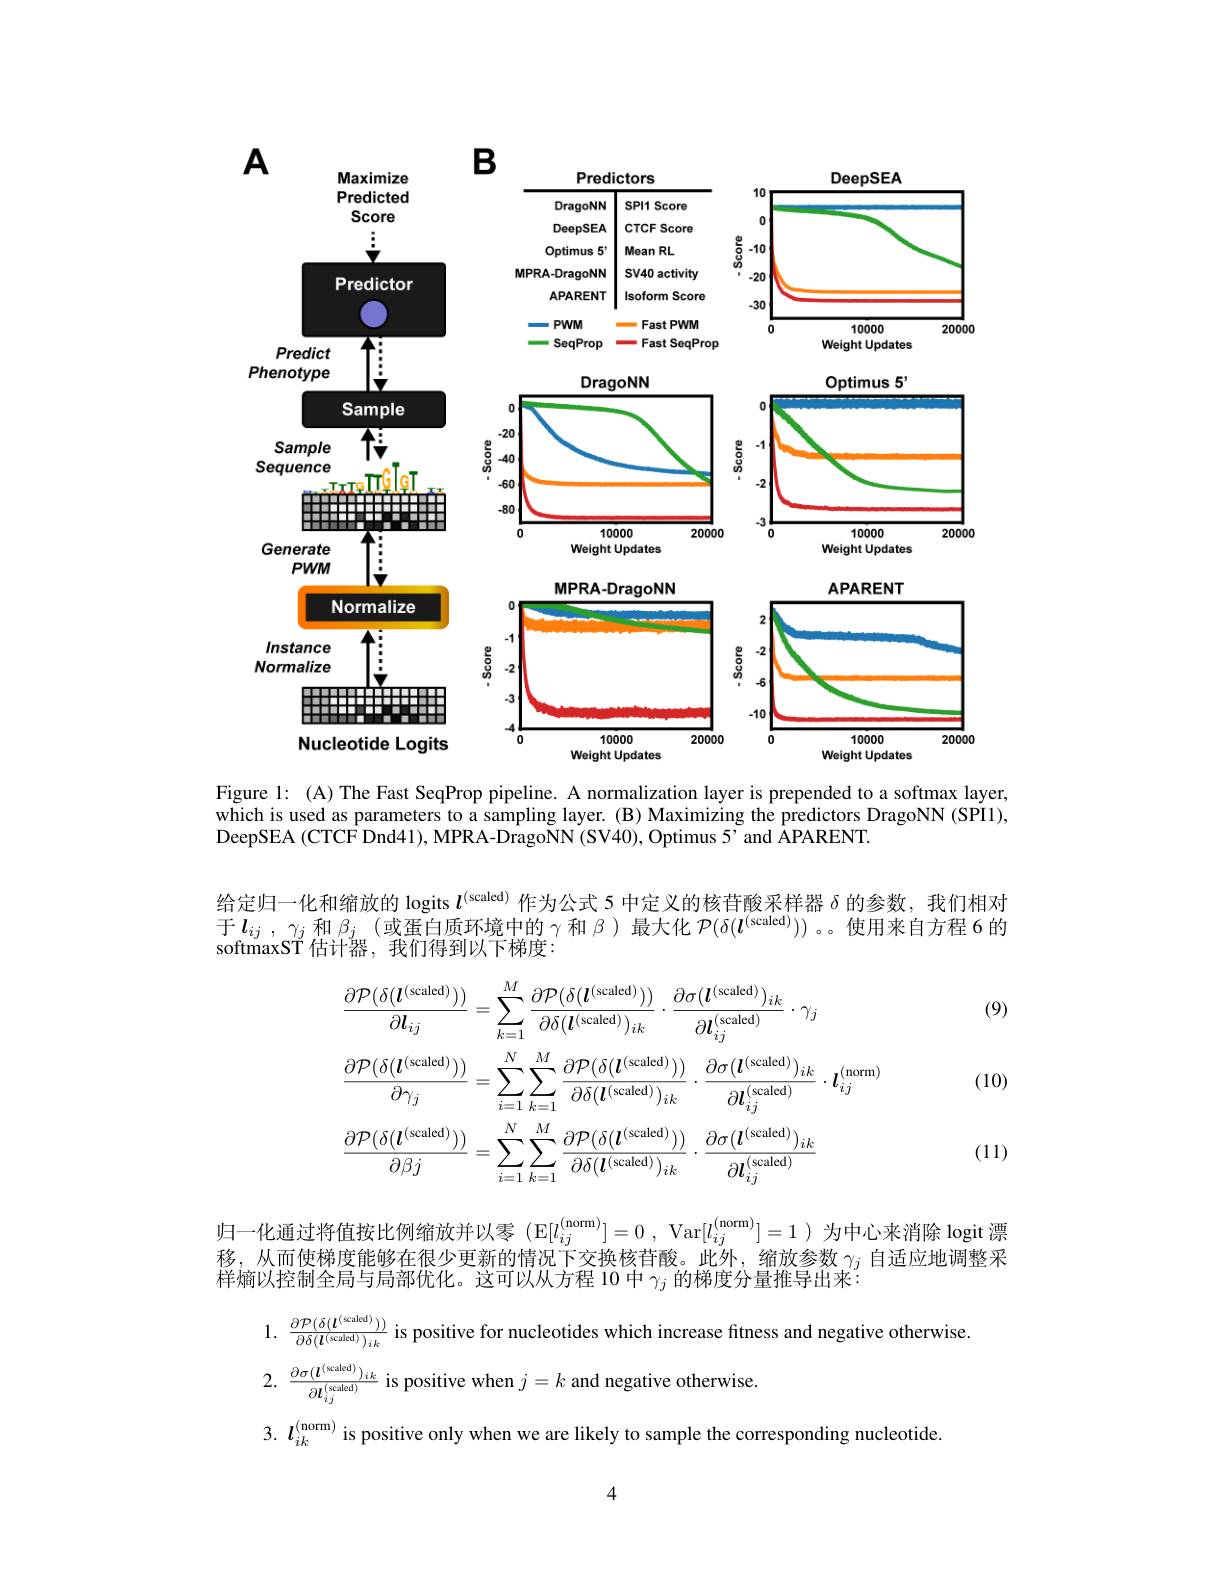
<FigureHere>

$A$
$B$

Figure 1: (A) The Fast SeqProp pipeline. A normalization layer is prepended to a softmax layer, which is used as parameters to a sampling layer. (B) Maximizing the predictors DragoNN (SPI1), DeepSEA (CTCF Dnd41), MPRA-DragoNN (SV40), Optimus 5'and ÂPARENT.

给定归一化和缩放的 logits $l^\mathrm{(scaled)}$作为公式 5 中定义的核苷酸采样器$\delta$的参数，我们相对于$l_ij$ ,$\gamma_j$和$\beta_j$ (或蛋白质环境中的$\gamma$和$\beta$ )最大化$\mathcal{P} ( \delta ( l^{( \text{scaled}) }) )$ 。。使用来自方程 6 的softmaxST 估计器，我们得到以下梯度：

(9)

(10)
$$\begin{aligned}&\frac{\partial\mathcal{P}(\delta(\boldsymbol{l}^{(\mathrm{scaled})}))}{\partial\boldsymbol{l}_{ij}}=\sum_{k=1}^{M}\frac{\partial\mathcal{P}(\delta(\boldsymbol{l}^{(\mathrm{scaled})}))}{\partial\delta(\boldsymbol{l}^{(\mathrm{scaled})})_{ik}}\cdot\frac{\partial\sigma(\boldsymbol{l}^{(\mathrm{scaled})})_{ik}}{\partial\boldsymbol{l}_{ij}^{(\mathrm{scaled})}}\cdot\gamma_{j}\\&\frac{\partial\mathcal{P}(\delta(\boldsymbol{l}^{(\mathrm{scaled})}))}{\partial\gamma_{j}}=\sum_{i=1}^{N}\sum_{k=1}^{M}\frac{\partial\mathcal{P}(\delta(\boldsymbol{l}^{(\mathrm{scaled})}))}{\partial\delta(\boldsymbol{l}^{(\mathrm{scaled})})_{ik}}\cdot\frac{\partial\sigma(\boldsymbol{l}^{(\mathrm{scaled})})_{ik}}{\partial\boldsymbol{l}_{ij}^{(\mathrm{scaled})}}\cdot\boldsymbol{l}_{ij}^{(\mathrm{norm})}\\&\frac{\partial\mathcal{P}(\delta(\boldsymbol{l}^{(\mathrm{scaled})}))}{\partial\beta j}=\sum_{i=1}^{N}\sum_{k=1}^{M}\frac{\partial\mathcal{P}(\delta(\boldsymbol{l}^{\mathrm{scaled})}))}{\partial\delta(\boldsymbol{l}^{\mathrm{scaled})})_{ik}}\cdot\frac{\partial\sigma(\boldsymbol{l}^{\mathrm{scaled})})_{ik}}{\partial\boldsymbol{l}_{ij}^{\mathrm{scaled})}}\end{aligned}$$
(11)

归一化通过将值按比例缩放并以零(E[l_{ij}^{(norm)]=0,Var$[ l_{ij}^{( \mathrm{norm}) }] = 1) 为 中 心 来 消 除 logit漂$ 移，从而使梯度能够在很少更新的情况下交换核苷酸。此外，缩放参数$\gamma_j$自适应地调整采样熵以控制全局与局部优化。这可以从方程 10 中$\gamma_j$的梯度分量推导出来：

$1.~\frac{\partial\mathcal{P}(\delta(\boldsymbol{l}^{(\mathrm{caled})}))}{\partial\delta(\boldsymbol{l}^{(\mathrm{caled})})_{ik}}~$is positive for nucleotides which increase fitness and negative otherwise.
$2.~\frac{\partial\sigma(\boldsymbol{l}^{(\mathrm{scaled})})_{ik}}{\partial\boldsymbol{l}_{ii}^{(\mathrm{scaled})}}~$is positive when $j=k$ and negative otherwise
3. $l_{ik}^{(\mathrm{norm})}$ is positive only when we are likely to sample the corresponding nucleotide

4